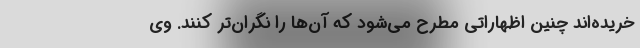
خریده‌اند چنین اظهاراتی مطرح می‌شود که آن‌ها را نگران‌تر کنند. وی